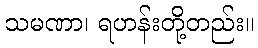
သမဏာ၊ ရဟန်းတို့တည်း။